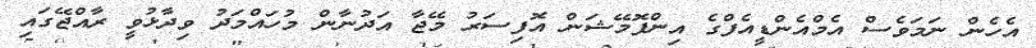
އެހެން ނަމަވެސް އެމްއެންޑީއެފްގެ އިންފޮމޭޝަން އޮފިސަރު މޭޖާ އަދުނާން މުހައްމަދު ވިދާޅުވީ ރާއްޖޭގައި